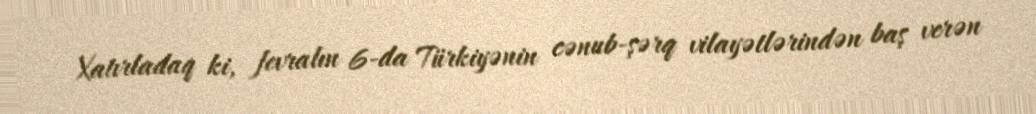
Xatırladaq ki, fevralın 6-da Türkiyənin cənub-şərq vilayətlərindən baş verən